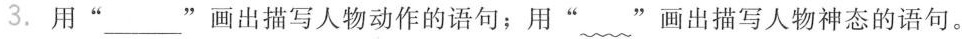
3.用”___”画出描写人物动作的语句；用”﹏”画出描写人物神态的语句。